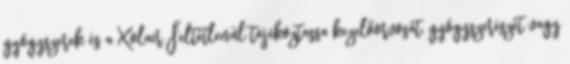
gyógyszerek és a Xolair Feltétlenül tájékoztassa kezelőorvosát, gyógyszerészét vagy